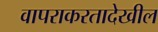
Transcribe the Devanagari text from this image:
वापराकरतादेखील